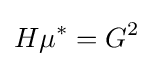
H\mu ^{*}=G^{2}